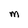
Character: m